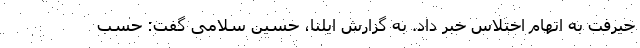
جیرفت به اتهام اختلاس خبر داد. به گزارش ایلنا، حسین سلامی گفت: حسب